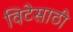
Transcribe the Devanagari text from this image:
विटेसाठी